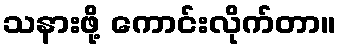
သနားဖို့ ကောင်းလိုက်တာ။